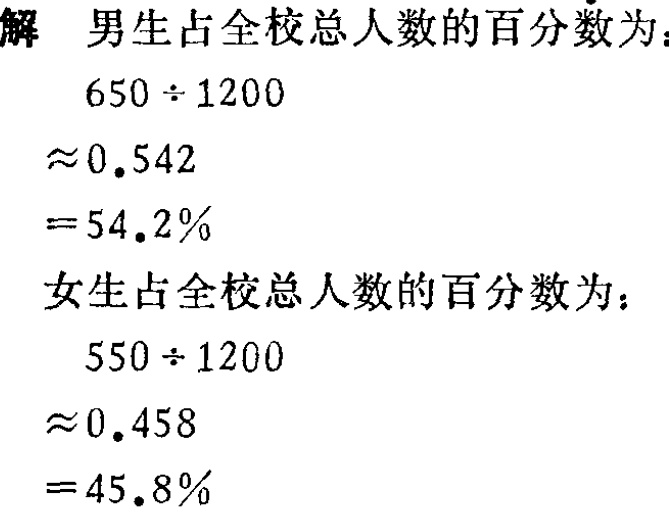
解 男生占全校总人数的百分数为：

\[

\begin{align*}

&650\div1200\\

\approx&0.542\\

=&54.2\%

\end{align*}

\]

女生占全校总人数的百分数为：

\[

\begin{align*}

&550\div1200\\

\approx&0.458\\

=&45.8\%

\end{align*}

\]